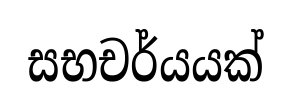
සභචර්යයක්